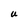
Character: U